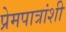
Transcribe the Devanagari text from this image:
प्रेमपात्रांशी